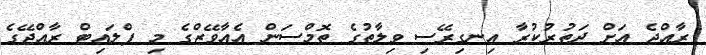
ރާއްޖެ އަށް ދަތުރުކުރާ އިނގިރޭސި ވިލާތުގެ ތޮމްސަން އެއާވޭޒްގެ މި ފްލައިޓް ރާއްޖޭގެ